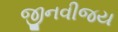
જીનવીજય